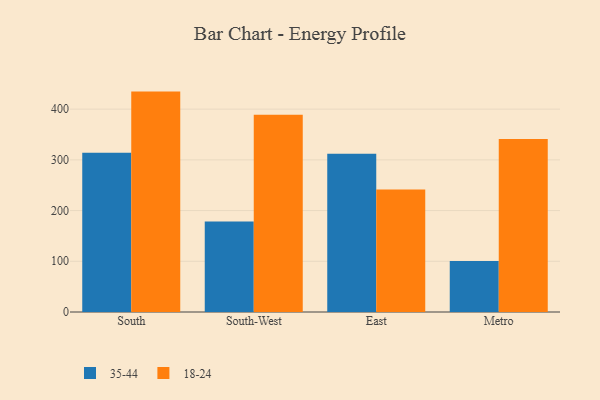
{"axis": {"x": "Region", "y": "Operating Costs (USD K)"}, "legend": ["18-24", "35-44"], "data": [{"x": "South", "y": 314.1, "type": "35-44"}, {"x": "South", "y": 434.6, "type": "18-24"}, {"x": "South-West", "y": 178.7, "type": "35-44"}, {"x": "South-West", "y": 389.1, "type": "18-24"}, {"x": "East", "y": 312.0, "type": "35-44"}, {"x": "East", "y": 241.4, "type": "18-24"}, {"x": "Metro", "y": 100.5, "type": "35-44"}, {"x": "Metro", "y": 341.1, "type": "18-24"}]}